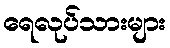
ရေလုပ်သားများ